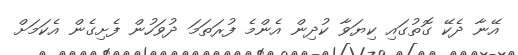
އޭނާ ދެކޭ ގޮތުގައި ކިޔަވާ ކުދިން އެންމެ ފުރަތަމަ ދުވަހުން ފެށިގެން އެކަމަށް